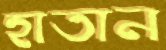
হাতান